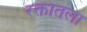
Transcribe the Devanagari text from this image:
रक्तातला